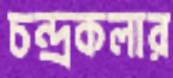
চন্দ্রকলার